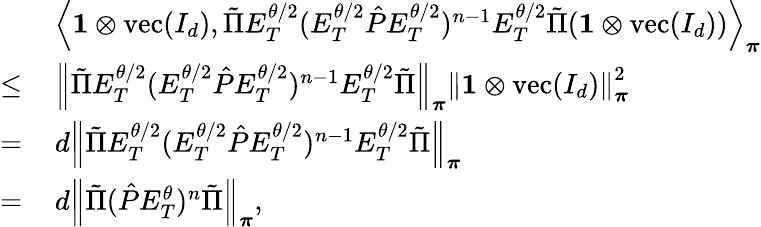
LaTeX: \begin{array}{rl}&{\left\langle\mathbf{1}\otimes\operatorname{vec}(I_{d}),\tilde{\Pi}E_{T}^{\theta/2}(E_{T}^{\theta/2}\hat{P}E_{T}^{\theta/2})^{n-1}E_{T}^{\theta/2}\tilde{\Pi}(\mathbf{1}\otimes\operatorname{vec}(I_{d}))\right\rangle_{\boldsymbol\pi}}\\ {\leq\, }&{\left\lVert\tilde{\Pi}E_{T}^{\theta/2}(E_{T}^{\theta/2}\hat{P}E_{T}^{\theta/2})^{n-1}E_{T}^{\theta/2}\tilde{\Pi}\right\rVert_{\boldsymbol\pi}\left\lVert\mathbf{1}\otimes\operatorname{vec}(I_{d})\right\rVert_{\boldsymbol\pi}^{2}}\\ {=\, }&{d\left\lVert\tilde{\Pi}E_{T}^{\theta/2}(E_{T}^{\theta/2}\hat{P}E_{T}^{\theta/2})^{n-1}E_{T}^{\theta/2}\tilde{\Pi}\right\rVert_{\boldsymbol\pi}}\\ {=\, }&{d\left\lVert\tilde{\Pi}(\hat{P}E_{T}^{\theta})^{n}\tilde{\Pi}\right\rVert_{\boldsymbol\pi},}\end{array}